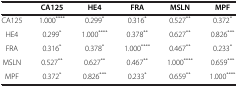
<table><thead><tr><td><b> </b></td><td><b>CA125</b></td><td><b>HE4</b></td><td><b>FRA</b></td><td><b>MSLN</b></td><td><b>MPF</b></td></tr></thead><tbody><tr><td>CA125</td><td>1.000<sup>****</sup></td><td>0.299<sup>*</sup></td><td>0.316<sup>*</sup></td><td>0.527<sup>**</sup></td><td>0.372<sup>*</sup></td></tr><tr><td>HE4</td><td>0.299<sup>*</sup></td><td>1.000<sup>****</sup></td><td>0.378<sup>**</sup></td><td>0.627<sup>**</sup></td><td>0.826<sup>***</sup></td></tr><tr><td>FRA</td><td>0.316<sup>*</sup></td><td>0.378<sup>*</sup></td><td>1.000<sup>****</sup></td><td>0.467<sup>**</sup></td><td>0.233<sup>*</sup></td></tr><tr><td>MSLN</td><td>0.527<sup>**</sup></td><td>0.627<sup>**</sup></td><td>0.467<sup>**</sup></td><td>1.000<sup>****</sup></td><td>0.659<sup>***</sup></td></tr><tr><td>MPF</td><td>0.372<sup>*</sup></td><td>0.826<sup>***</sup></td><td>0.233<sup>*</sup></td><td>0.659<sup>**</sup></td><td>1.000<sup>****</sup></td></tr></tbody></table>